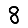
Digit: 8